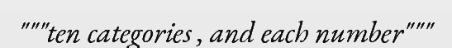
"""ten categories , and each number"""